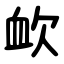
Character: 欰